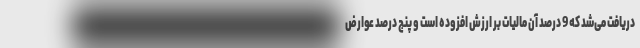
دریافت می‌شد که 9 درصد آن مالیات بر ارزش افزوده است و پنج درصد عوارض